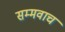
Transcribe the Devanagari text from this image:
सम्मवाच